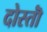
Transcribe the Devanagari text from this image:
दोस्तॊं